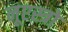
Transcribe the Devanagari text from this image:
नूएस्त्रो